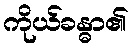
ကိုယ်ခန္ဓာ၏